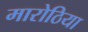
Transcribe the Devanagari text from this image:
मारोठिया